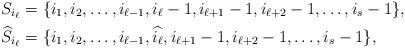
LaTeX: \begin{align*}S_{i_\ell}&=\{i_1,i_2,\ldots,i_{\ell-1},i_\ell-1,i_{\ell+1}-1,i_{\ell+2}-1,\ldots,i_{s}-1\}, \\\widehat{S}_{i_\ell}&=\{i_1,i_2,\ldots,i_{\ell-1},\widehat{i_\ell},i_{\ell+1}-1,i_{\ell+2}-1,\ldots,i_{s}-1\}, \end{align*}